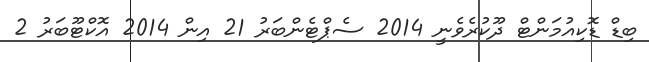
ބިޑް ޑޮކިއުމަންޓް ދޫކުރެވެނީ 2014 ސެޕްޓެންބަރު 21 އިން 2014 އޮކްޓޫބަރު 2